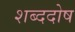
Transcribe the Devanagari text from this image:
शब्ददोष